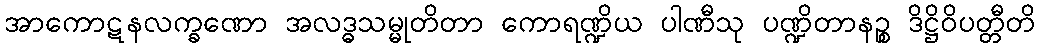
အာကောဋနလက္ခဏော အလဒ္ဓသမ္မုတိတာ ကောရဏ္ဍိယ ပါဏီသု ပဏ္ဍိတာနဉ္စ ဒိဋ္ဌိဝိပတ္တီတိ